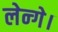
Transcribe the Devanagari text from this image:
लेन्गे।